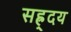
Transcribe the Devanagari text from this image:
सह्र्दय